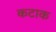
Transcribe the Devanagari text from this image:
कटाक